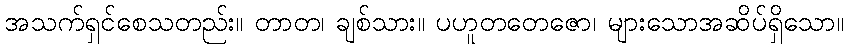
အသက်ရှင်စေသတည်း။ တာတ၊ ချစ်သား။ ပဟူတတေဇော၊ များသောအဆိပ်ရှိသော။